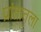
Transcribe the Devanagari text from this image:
प्रांतातला